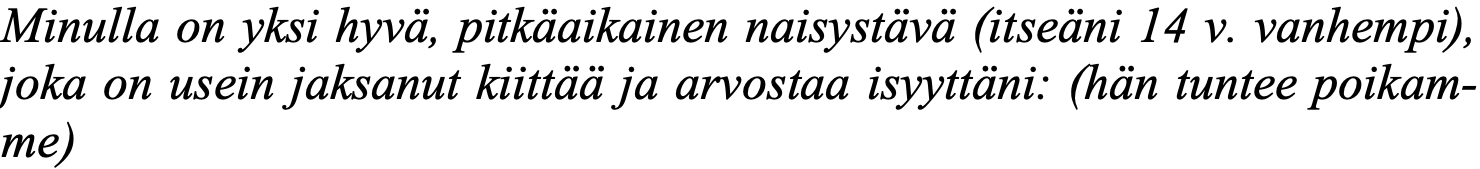
Minulla on yksi hyvä, pitkäaikainen naisystävä (itseäni 14 v. vanhempi), joka on usein jaksanut kiittää ja arvostaa isyyttäni: (hän tuntee poikam- me)